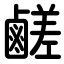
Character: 鹺